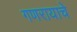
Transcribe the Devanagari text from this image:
गणरायाचे